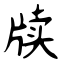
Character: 牍